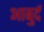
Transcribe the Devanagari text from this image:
आबुर्द